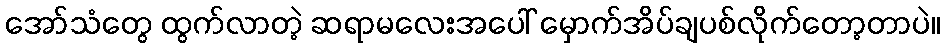
အော်သံတွေ ထွက်လာတဲ့ ဆရာမလေးအပေါ် မှောက်အိပ်ချပစ်လိုက်တော့တာပဲ။